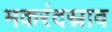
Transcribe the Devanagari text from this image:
मकरंदस्राव